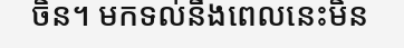
ចិន។ មកទល់នឹងពេលនេះមិន